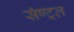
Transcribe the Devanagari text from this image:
सॅण्ट्रल